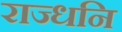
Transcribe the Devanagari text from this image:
राज्धनि